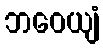
ဘဝေယျံ